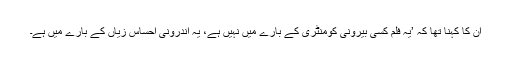
ان کا کہنا تھا کہ ’یہ فلم کسی بیرونی کومنٹری کے بارے میں نہیں ہے، یہ اندرونی احساسِ زیاں کے بارے میں ہے۔